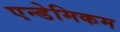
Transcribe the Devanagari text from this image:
एन्डेमिकम